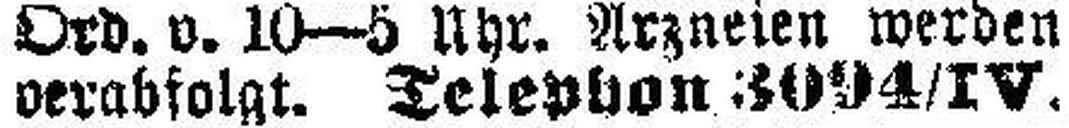
verabfolgt. Telephone 3094/IV.